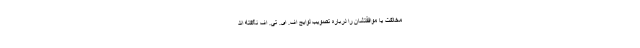
مخالفت یا موافقتشان را درباره تصویب لوایح اف. ای. تی. اف نگفته اند